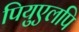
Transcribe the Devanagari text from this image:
पियुएलपि